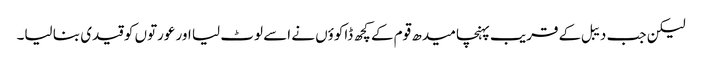
لیکن جب دیبل کے قریب پہنچا میدھ قوم کے کچھ ڈاکوؤں نے اسے لوٹ لیا اور عورتوں کو قیدی بنا لیا۔